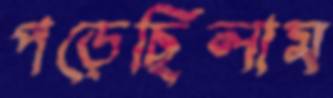
পড়েছিলাম